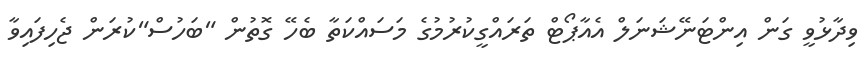
ވިދާޅުވީ ގަން އިންޓަނޭޝަނަލް އެއާޕޯޓް ތަރައްގީކުރުމުގެ މަސައްކަތާ ބެހޭ ގޮތުން "ބަހުސް"ކުރަން ޖެހިފައިވާ